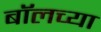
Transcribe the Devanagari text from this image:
बॉलच्या